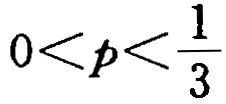
\(0<p<\frac{1}{3}\)